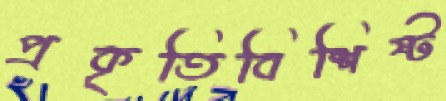
প্রকৃতিবিশিষ্ট